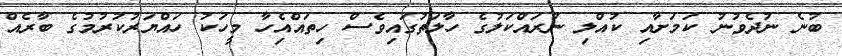
ބުނެ ނުދެވުނު ކަމަށާއި ކުއްލި ނުރައްކަލުގެ ހާލަތުގައިވެސް ހިތައްއެިހާ މީހަކު ހައްޔަރުކުރުމުގެ ބާރެއް